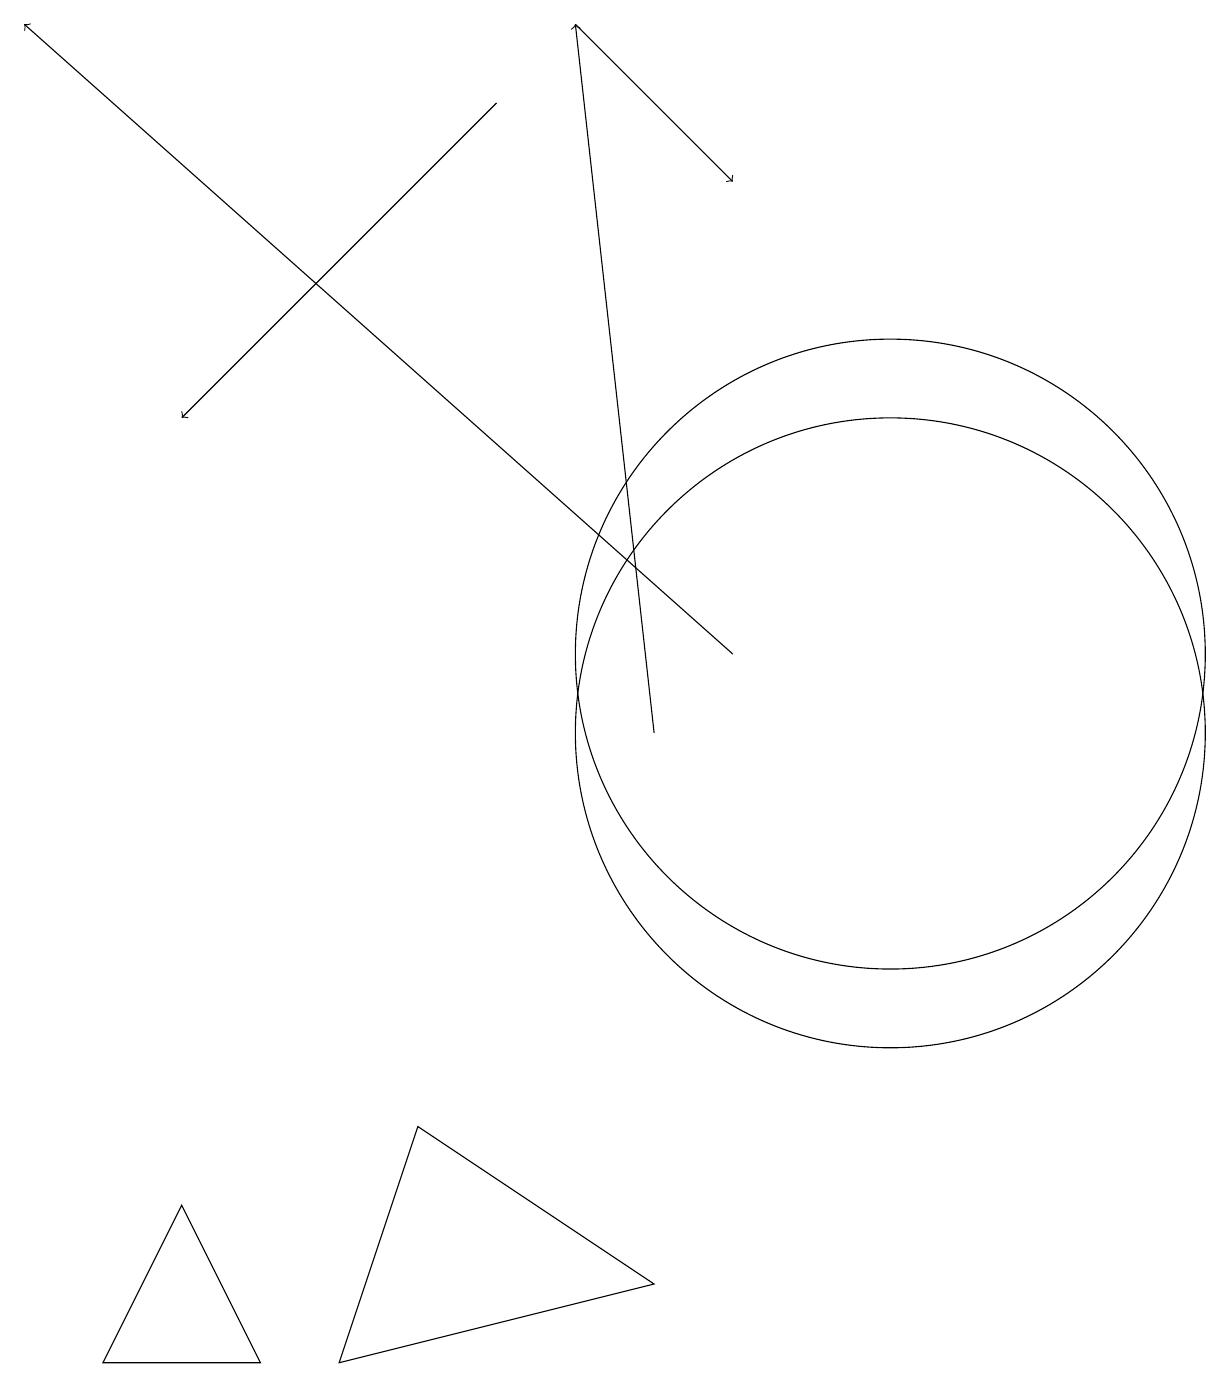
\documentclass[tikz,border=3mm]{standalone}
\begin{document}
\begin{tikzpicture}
\draw[->] (9,11) -- (0,19);
\draw (11,11) circle (4);
\draw[->] (8,10) -- (7,19);
\draw (1,2) -- (2,4) -- (3,2) -- cycle;
\draw (11,10) circle (4);
\draw (8,3) -- (5,5) -- (4,2) -- cycle;
\draw[->] (7,19) -- (9,17);
\draw[->] (6,18) -- (2,14);
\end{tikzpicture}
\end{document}